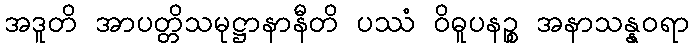
အဒူတိ အာပတ္တိသမုဋ္ဌာနာနီတိ ပဿံ ဝိဓူပနဉ္စ အနာသန္နဝရာ